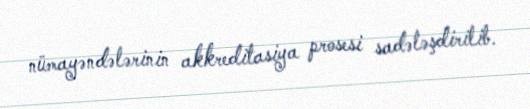
nümayəndələrinin akkreditasiya prosesi sadələşdirilib.